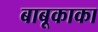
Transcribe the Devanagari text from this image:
बाबूकाका